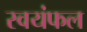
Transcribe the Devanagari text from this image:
स्वयंफल